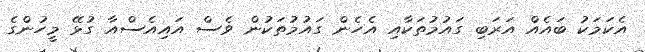
އެކަމަކު ބައެއް އަރަބި ގައުމުތަކާއި އެހެން ގައުމުތަކުން ވެސް އައިއެސްއާ ގުޅޭ މީހުންގެ